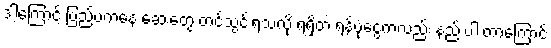
ဒါ့ကြောင့် ပြည်ပကနေ ဆေးတွေ တင်သွင်းရသလို ရရှိတဲ့ ရန်ပုံငွေကလည်း နည်းပါးတာကြောင့်